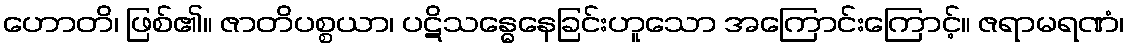
ဟောတိ၊ ဖြစ်၏။ ဇာတိပစ္စယာ၊ ပဋိသန္ဓေနေခြင်းဟူသော အကြောင်းကြောင့်။ ဇရာမရဏံ၊